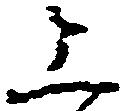
上